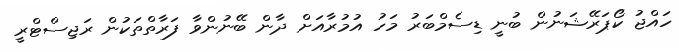
ހައްޖު ކޯޕަރޭޝަނުން ބުނީ ޑިސެމްބަރު މަހު އުމުރާއަށް ދާން ބޭނުންވާ ފަރާތްތަކުން ރަޖިސްޓްރީ